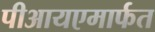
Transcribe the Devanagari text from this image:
पीआयएमार्फत